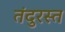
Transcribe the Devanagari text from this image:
तंदुरस्त